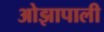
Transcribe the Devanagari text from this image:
ओझापाली